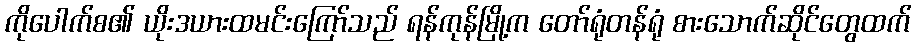
ကိုပေါက်စ၏ ယိုးဒယားထမင်းကြော်သည် ရန်ကုန်မြို့က တော်ရုံတန်ရုံ စားသောက်ဆိုင်တွေထက်